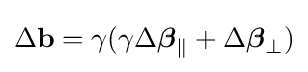
\Delta \mathbf {b} =\gamma (\gamma \Delta {\boldsymbol {\beta }}_{\parallel }+\Delta {\boldsymbol {\beta }}_{\perp })